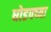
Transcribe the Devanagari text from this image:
धोडपच्या